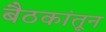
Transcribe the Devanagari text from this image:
बैठकांतून